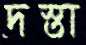
দস্তা